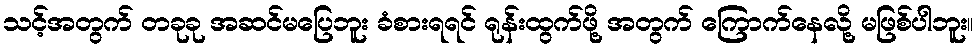
သင့်အတွက် တခုခု အဆင်မပြေဘူး ခံစားရရင် ရုန်းထွက်ဖို့ အတွက် ကြောက်နေလို့ မဖြစ်ပါဘူး။